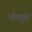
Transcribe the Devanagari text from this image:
योमुद